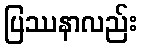
ပြဿနာလည်း